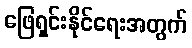
ဖြေရှင်းနိုင်ရေးအတွက်